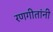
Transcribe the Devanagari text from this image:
रणगीतांनी